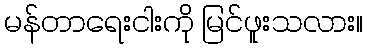
မန်တာရေးငါးကို မြင်ဖူးသလား။